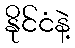
နိုင်ငံနဲ့